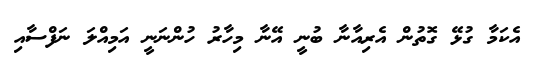
އެކަމާ ގުޅޭ ގޮތުން އެރިއާނާ ބުނީ އޭނާ މިހާރު ހުންނަނީ އަމިއްލަ ނަފްސާއި